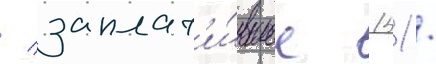
/ заплат'и́вшее 151 /